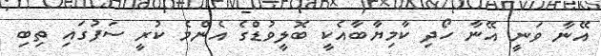
އޭނާ ވަނީ އޭނާ ހޯދި ކާމިޔާބާއެކީ ބޮލީވުޑްގެ އެންމެ ކުރީ ސަފުގައި ތިބި